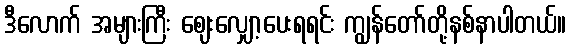
ဒီလောက် အများကြီး ဈေးလျှော့ပေးရရင်း ကျွန်တော်တို့နစ်နာပါတယ်။